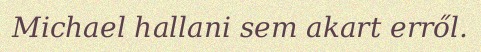
Michael hallani sem akart erről.